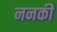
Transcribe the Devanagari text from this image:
ननकी